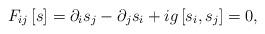
LaTeX: \begin{align*}F_{i j}\left[s\right] =\partial_{i}s_{j}-\partial_{j}s_{i}+ig\left[s_{i},s_{j}\right] = 0 ,\end{align*}